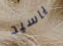
ياسيد